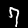
Label: 7